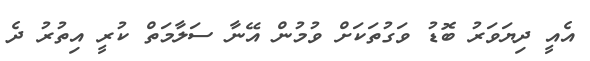
އެއީ ދިޔަވަރު ބޮޑު ވަގުތަކަށް ވުމުން އޭނާ ސަލާމަތް ކުރީ އިތުރު ދެ